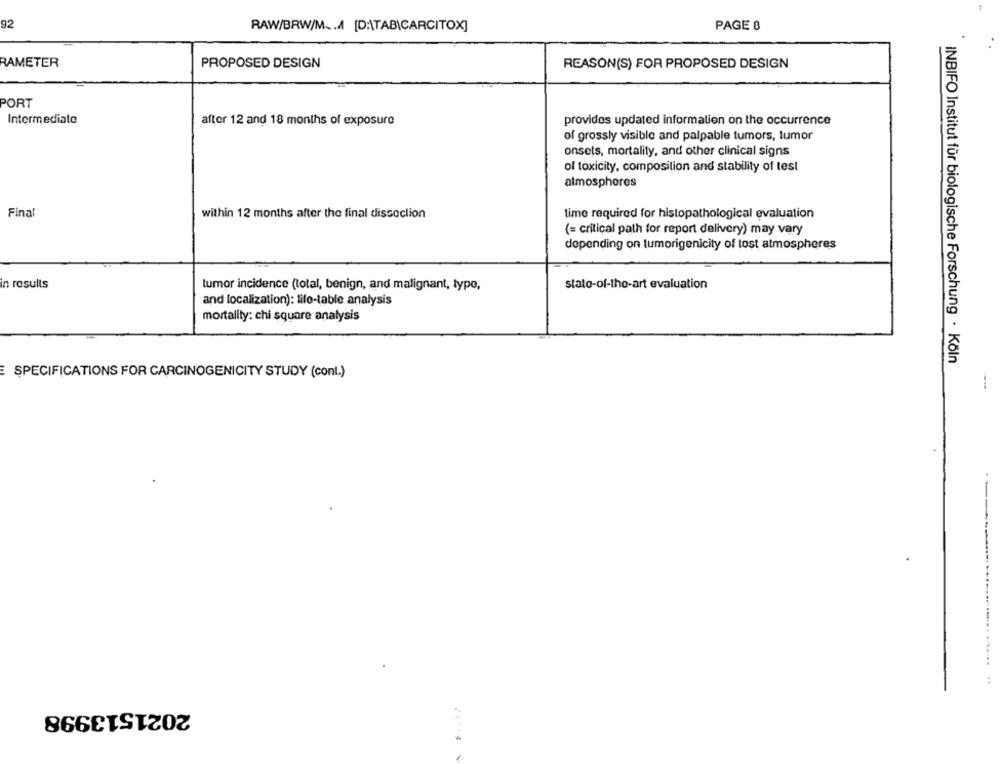
92
RAW/BRW/M ... [D:\TAB\ÇARCITOX]
PAGE 8
RAMETER
PROPOSED DESIGN
REASON(S) FOR PROPOSED DESIGN
PORT
Intermediate
after 12 and 18 months of exposure
provides updated information on the occurrence
of grossly visible and palpable tumors, tumor
onsets, mortality, and other clinical signs
of toxicity, composition and stability of test
almosphores
Final
within 12 months after the final dissoclion
time required for histopathological evaluation
(= critical path for report delivery) may vary
depending on lumorigenicity of lost atmospheres
in results
tumor incidence (total, benign, and malignant, type,
state-of-the-art evaluation
and localization): life-table analysis
mortality: chi square analysis
INBIFO Institut für biologische Forschung · Köln
SPECIFICATIONS FOR CARCINOGENICITY STUDY (cont.)
2021513998